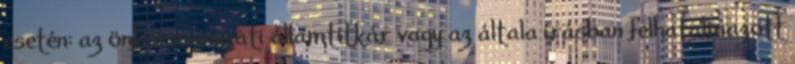
esetén: az önkormányzati államtitkár vagy az általa írásban felhatalmazott